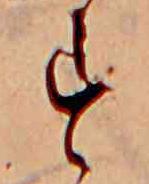
す